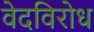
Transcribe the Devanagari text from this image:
वेदविरोध